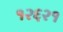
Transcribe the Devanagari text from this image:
१२६२१